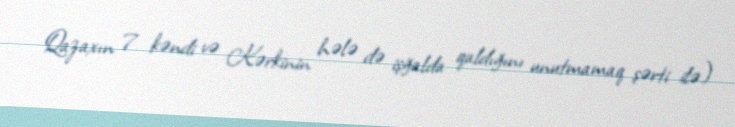
Qazaxın 7 kəndi və Kərkinin hələ də işğalda qaldığını unutmamaq şərti ilə)